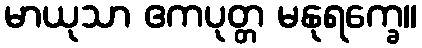
မာယုသာ ဧကပုတ္တ မနုရက္ခေ။